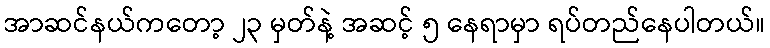
အာဆင်နယ်ကတော့ ၂၃ မှတ်နဲ့ အဆင့် ၅ နေရာမှာ ရပ်တည်နေပါတယ်။